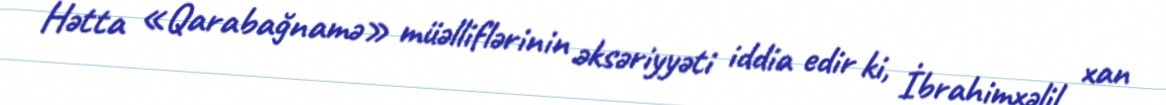
Hətta «Qarabağnamə» müəlliflərinin əksəriyyəti iddia edir ki, İbrahimxəlil xan